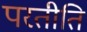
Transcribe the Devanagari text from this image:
परतीति